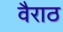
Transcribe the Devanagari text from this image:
वैराठ